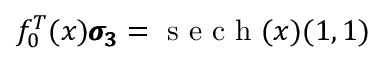
f _ { 0 } ^ { T } ( x ) \pmb { \sigma _ { 3 } } = \mathrm { ~ s ~ e ~ c ~ h ~ } ( x ) ( 1 , 1 )